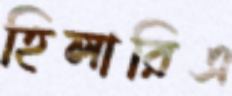
হিলারিএ